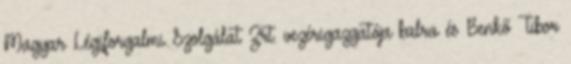
Magyar Légiforgalmi Szolgálat Zrt. vezérigazgatója balra és Benkő Tibor